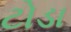
ટોડા